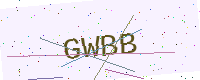
Text: GWBB